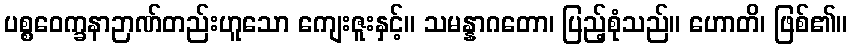
ပစ္စဝေက္ခနာဉာဏ်တည်းဟူသော ကျေးဇူးနှင့်။ သမန္နာဂတော၊ ပြည့်စုံသည်။ ဟောတိ၊ ဖြစ်၏။